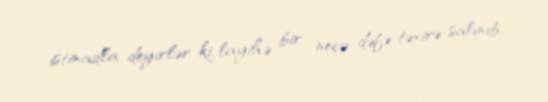
istinadla deyirlər ki, layihə bir neçə dəfə təxirə salınıb.